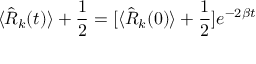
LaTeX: \langle { \hat { R } } _ { k } ( t ) \rangle + { \frac { 1 } { 2 } } = [ \langle { \hat { R } } _ { k } ( 0 ) \rangle + { \frac { 1 } { 2 } } ] e ^ { - 2 \beta t }